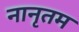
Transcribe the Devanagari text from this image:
नानृतम